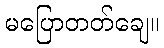
မပြောတတ်ချေ။